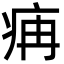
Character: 㾆